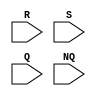
`timescale 1ns / 1ps
module RS_Latch(R,S,Q,NQ);
input R,S,Q,NQ;
wire q,nq;
nor 
    X1(q,R,nq),
    X2(nq,S,q);
assign Q=q;
assign NQ=nq;
endmodule